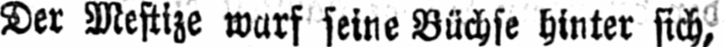
Der Mestize warf seine Büchse hinter sich,